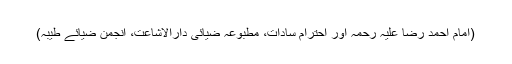
(امام احمد رضا علیہ رحمہ اور احترامِ سادات، مطبوعہ ضیائی دارالاشاعت، انجمن ضیائے طیبہ)